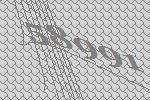
58991